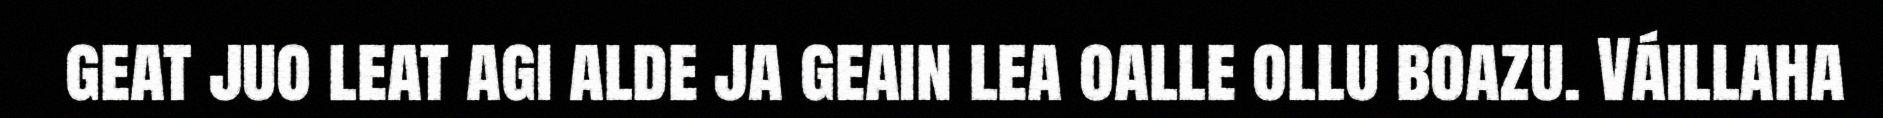
geat juo leat agi alde ja geain lea oalle ollu boazu. Váillaha